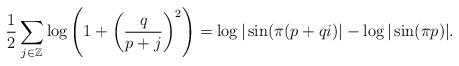
LaTeX: \begin{align*} \frac{1}{2} \sum_{ j \in \mathbb{Z}} \log \left( 1 + \left( \frac{q}{p+j}\right)^2 \right) = \log | \sin( \pi(p+qi)| - \log | \sin(\pi p ) |.\end{align*}